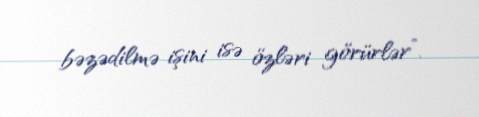
bəzədilmə işini isə özləri görürlər”.